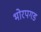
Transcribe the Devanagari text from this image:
भोरपगड